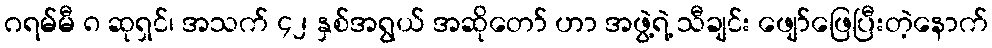
ဂရမ်မီ ၈ ဆုရှင်၊ အသက် ၄၂ နှစ်အရွယ် အဆိုတော် ဟာ အဖွဲ့ရဲ့ သီချင်း ဖျော်ဖြေပြီးတဲ့နောက်